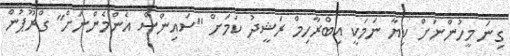
ގިނަ މީހުންނަށް ކިޔާ ނަމަކީ އިބްރާހިމް ރަޝީދު ކަމަށް "ސައިންސް އެންމެންނަށް" ގްރޫޕުން